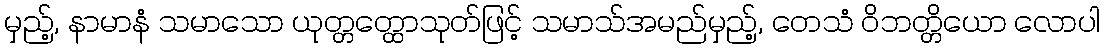
မှည့်, နာမာနံ သမာသော ယုတ္တတ္ထောသုတ်ဖြင့် သမာသ်အမည်မှည့်, တေသံ ဝိဘတ္တိယော လောပါ